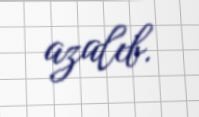
azalıb.